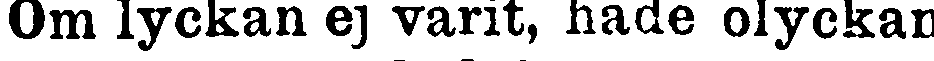
Om lyckan ej varit, hade olyckan